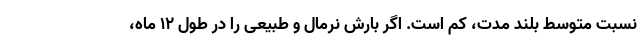
نسبت متوسط بلند مدت، کم است. اگر بارش نرمال و طبیعی را در طول ۱۲ ماه،